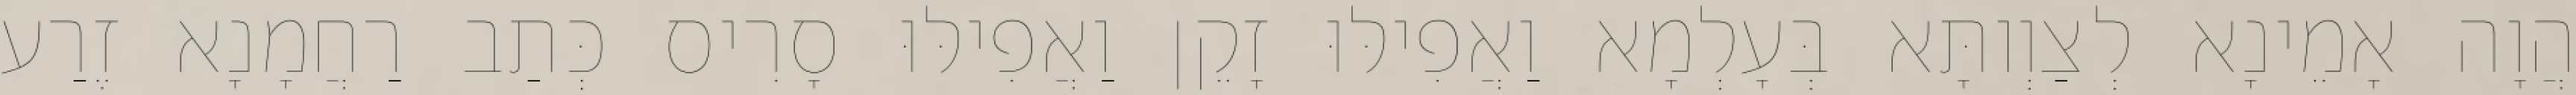
הֲוָה אָמֵינָא לְצַוְותָּא בְּעָלְמָא וַאֲפִילּוּ זָקֵן וַאֲפִילּוּ סָרִיס כְּתַב רַחֲמָנָא זֶרַע